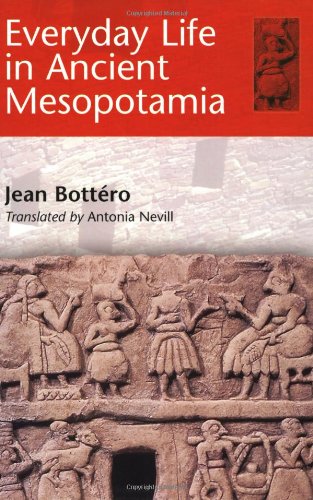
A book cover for Everyday Life in Ancient Mesopotamia; Jean BottÃ©ro; History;